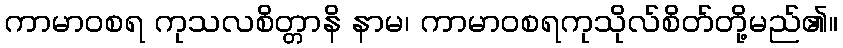
ကာမာဝစရ ကုသလစိတ္တာနိ နာမ၊ ကာမာဝစရကုသိုလ်စိတ်တို့မည်၏။